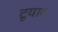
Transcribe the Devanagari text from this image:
टूयाट